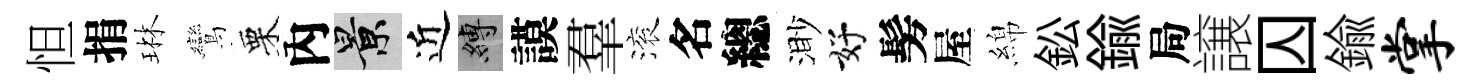
怛捐琳鸞栗內景近縛謨羣滚名總渺好髣屋綿鈆鍮局譲囚鍮掌